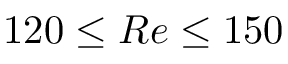
1 2 0 \leq R e \leq 1 5 0